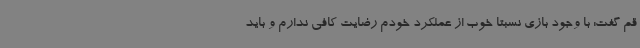
قم گفت: با وجود بازی نسبتا خوب از عملکرد خودم رضایت کافی ندارم و باید